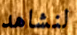
لنشاهد